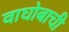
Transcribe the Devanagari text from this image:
वाघोबाची